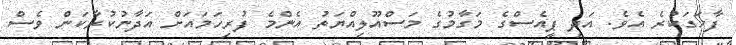
ފާހަގަކުރެ އެވެ. އަދި ޕީއެސްގެ މަގާމުގެ މަސްއޫލިއްޔަތު އެންމެ ފުރިހަމައަށް އަދާނުކުރާކަން ވެސް